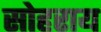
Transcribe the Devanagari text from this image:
सोहराय